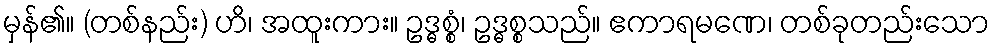
မှန်၏။ (တစ်နည်း) ဟိ၊ အထူးကား။ ဥဒ္ဓစ္စံ၊ ဥဒ္ဓစ္စသည်။ ဧကာရမဏေ၊ တစ်ခုတည်းသော